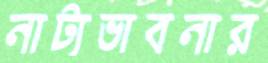
নাট্যভাবনার